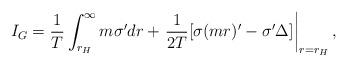
LaTeX: \begin{align*}I_{G}=\frac{1}{T}\int_{r_{H}}^{\infty}m\sigma 'dr +\left. \frac{1}{2T}[\sigma(mr)'-\sigma '\Delta]\right| _{r=r_{H}},\end{align*}